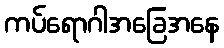
ကပ်ရောဂါအခြေအနေ